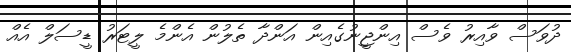
ދުވަސް ވާއިރު ވެސް އިންޖީނުގެއިން އަންދާ ތެލުން އެންމެ ލީޓަރު ޑީސަލް އެއް